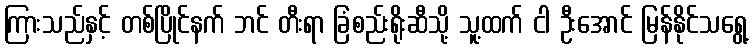
ကြားသည်နှင့် တစ်ပြိုင်နက် ဘင် တီးရာ ခြံစည်းရိုးဆီသို့ သူ့ထက် ငါ ဦးအောင် မြန်နိုင်သရွေ့